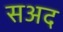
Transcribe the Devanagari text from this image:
सअद